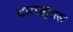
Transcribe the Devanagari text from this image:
धारशहरास